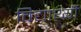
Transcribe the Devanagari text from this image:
विद्यार्थ्यी